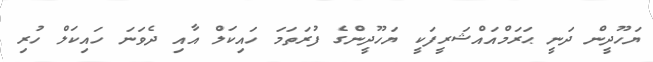
ޔަހޫދީން ދަނީ ޙަރަމްއައްޝަރީފަކީ ޔަހޫދީންގެ ފުރަތަމަ ހައިކަލް އާއި ދެވަނަ ހައިކަލް ހުރި